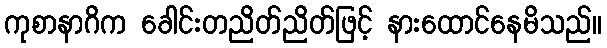
ကုစာနာဂိက ခေါင်းတညိတ်ညိတ်ဖြင့် နားထောင်နေမိသည်။